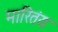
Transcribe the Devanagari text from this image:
मारितंय